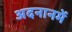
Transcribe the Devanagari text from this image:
अदनानमें